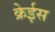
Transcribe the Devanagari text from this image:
क्रेईस